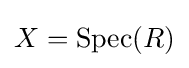
X=\operatorname {Spec} (R)